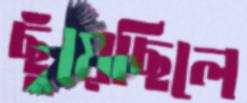
ছুঁয়েছিলে